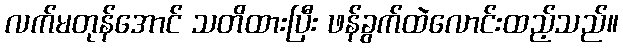
လက်မတုန်အောင် သတိထားပြီး ဖန်ခွက်ထဲလောင်းထည့်သည်။